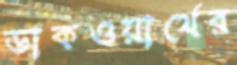
ডাকওয়ার্থের